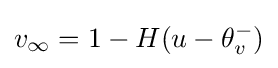
v_{\infty }=1-H(u-\theta _{v}^{-})